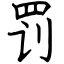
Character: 罚